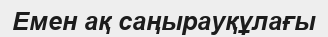
Емен ақ саңырауқұлағы